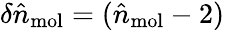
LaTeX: \delta\hat{n}_{\mathrm{mol}}=(\hat{n}_{\mathrm{mol}}-2)